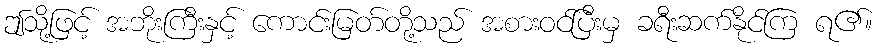
ဤသို့ဖြင့် အဘိုးကြီးနှင့် ကောင်းမြတ်တို့သည် အစားဝင်ပြီးမှ ခရီးဆက်နိုင်ကြ ရ၏။